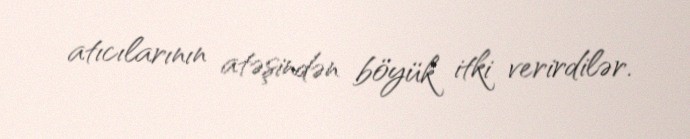
atıcılarının atəşindən böyük itki verirdilər.